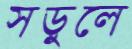
সড়ুলে